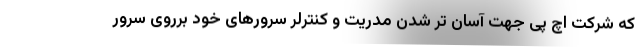
که شرکت اچ پی جهت آسان تر شدن مدریت و کنترلر سرورهای خود برروی سرور